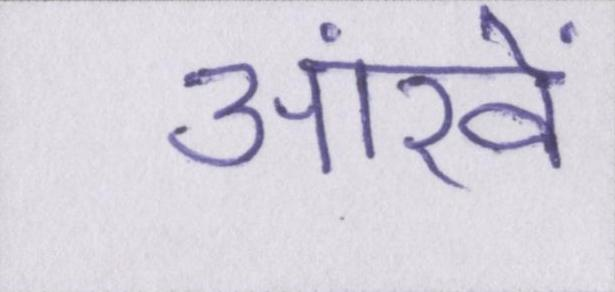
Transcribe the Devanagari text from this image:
आंखें